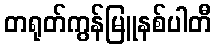
တရုတ်ကွန်မြူနစ်ပါတီ